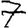
Digit: 7